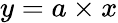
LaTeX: y=a\times x